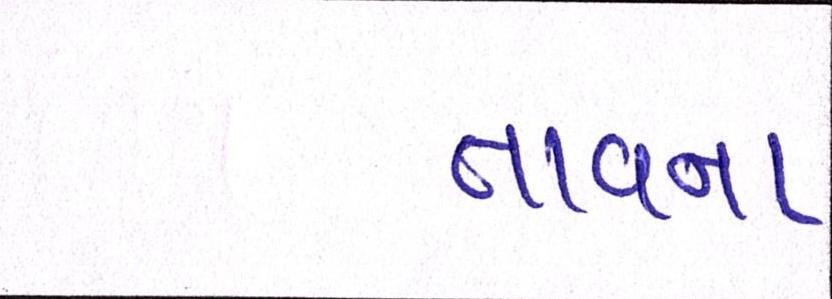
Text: તાવના